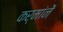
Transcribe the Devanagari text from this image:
कर्मांनें